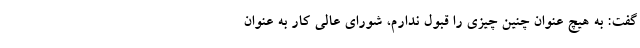
گفت: به هیچ عنوان چنین چیزی را قبول ندارم، شورای عالی کار به عنوان